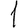
Digit: 1